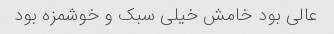
عالی بود خامش خیلی سبک و خوشمزه بود